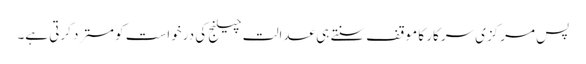
پس مرکزی سرکار کا موقف سنتے ہی عدالت چیلنج کی درخواست کو مسترد کرتی ہے۔